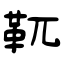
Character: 靰